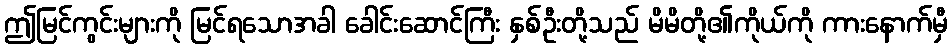
ဤမြင်ကွင်းများကို မြင်ရသောအခါ ခေါင်းဆောင်ကြီး နှစ်ဦးတို့သည် မိမိတို့၏ကိုယ်ကို ကားနောက်မှီ